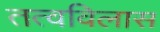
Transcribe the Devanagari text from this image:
तत्वविलास